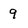
Character: 9